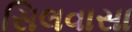
સિલવાસા